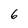
Character: 6